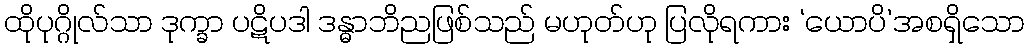
ထိုပုဂ္ဂိုလ်သာ ဒုက္ခာ ပဋိပဒါ ဒန္ဓာဘိညဖြစ်သည် မဟုတ်ဟု ပြလိုရကား ‘ယောပိ’အစရှိသော